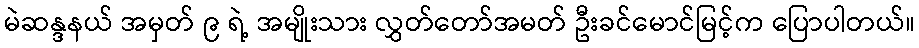
မဲဆန္ဒနယ် အမှတ် ၉ ရဲ့ အမျိုးသား လွှတ်တော်အမတ် ဦးခင်မောင်မြင့်က ပြောပါတယ်။